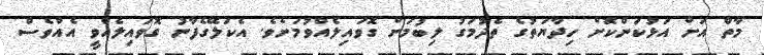
މާތް އަށް އަޅުކަންކޮށް ހިދާޔަތުގެ ތެދުމަގު ލިބުމަށް ގޮވައިލެއްވުމަށެވެ. އެކަލޭގެފާނު ގޮވައިލެއްވީ އެއްވެސް